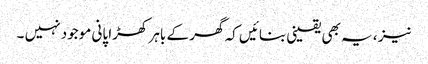
نیز ، یہ بھی یقینی بنائیں کہ گھر کے باہر کھڑا پانی موجود نہیں ۔